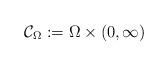
LaTeX: \begin{align*}\mathcal{C}_{\Omega}:=\Omega\times(0,\infty)\end{align*}